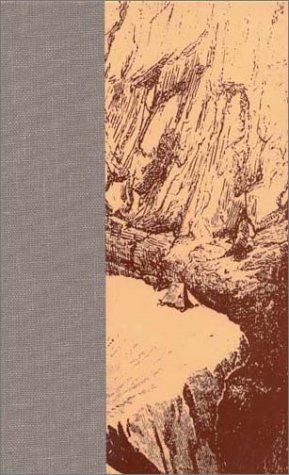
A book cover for K2: The Savage Mountain (The Adventure Library); Robert Bates; Travel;